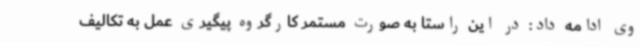
وی ادامه داد: در این راستا به صورت مستمر کارگروه پیگیری عمل به تکالیف